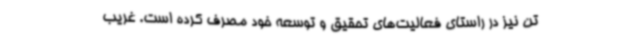
تن نیز در راستای فعالیت‌های تحقیق و توسعه خود مصرف کرده است. غریب